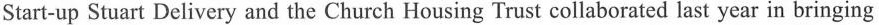
Start-up Stuart Delivery and the Church Housing Trust collaborated last year in bringing